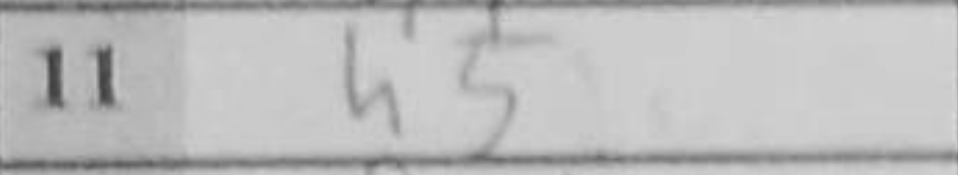
Transcription: h5